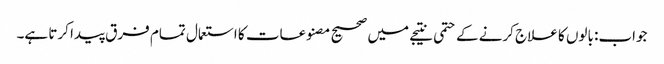
جواب: بالوں کا علاج کرنے کے حتمی نتیجے میں صحیح مصنوعات کا استعمال تمام فرق پیدا کرتا ہے۔